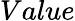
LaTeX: Value